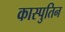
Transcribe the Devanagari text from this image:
कास्पुतिन